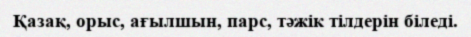
Қазақ, орыс, ағылшын, парс, тәжік тілдерін біледі.